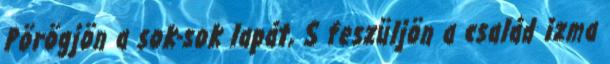
Pörögjön a sok-sok lapát, S feszüljön a család izma